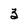
Character: 3